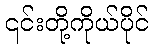
၎င်းတို့ကိုယ်ပိုင်